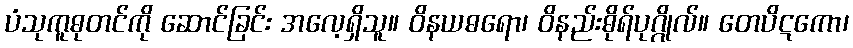
ပံသုကူဓုတင်ကို ဆောင်ခြင်း အလေ့ရှိသူ။ ဝိနယဓရော၊ ဝိနည်းဓိုရ်ပုဂ္ဂိုလ်။ တေပိဋကော၊